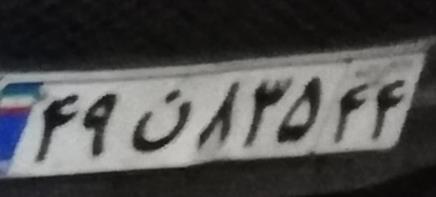
۴۹ن۸۳۵۴۴